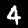
Label: 4